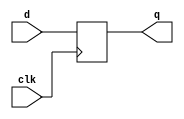
module top
    ( input d, clk, output reg q );

    wire u;


	always @( posedge clk )
            q <= d;
endmodule